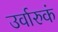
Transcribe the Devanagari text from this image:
उर्वारुकं